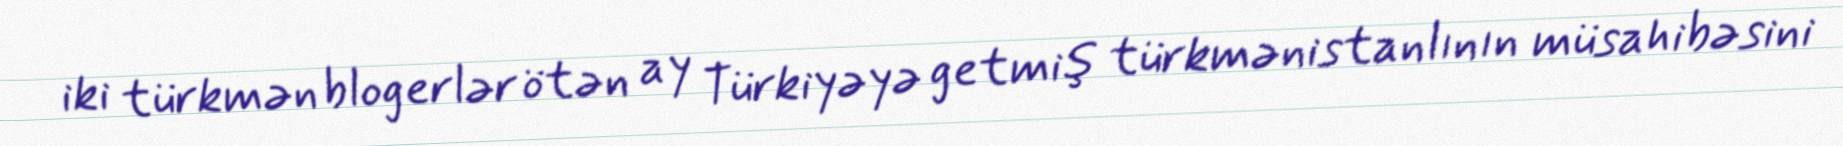
iki türkmən blogerlər ötən ay Türkiyəyə getmiş türkmənistanlının müsahibəsini